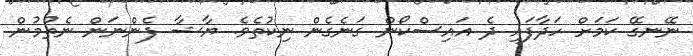
ނޭނގޭ ކަމަށް ހަދާފައި ދެ އައިސްކޯން ގަނެގެން ނިކުތެވެ. ޔާޝާ ފެންނަން ނެތުމުން